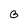
Character: 3